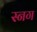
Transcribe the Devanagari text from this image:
स्नग